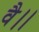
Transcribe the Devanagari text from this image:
वै।।